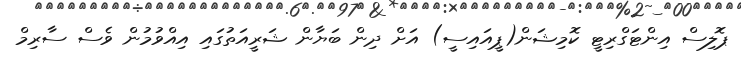
ޕޮލިސް އިންޓަގްރިޓީ ކޮމިޝަން(ޕީއައިސީ) އަށް ދިން ބަޔާން ޝަރީއަތުގައި އިއްވުމުން ވެސް ސާރިމް